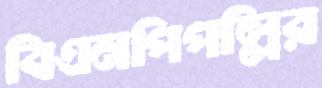
বিএনপিপল্লির